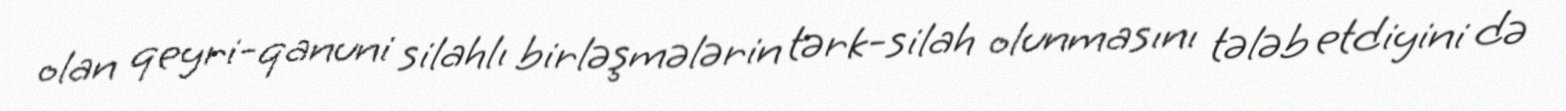
olan qeyri-qanuni silahlı birləşmələrin tərk-silah olunmasını tələb etdiyini də